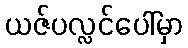
ယဇ်ပလ္လင်ပေါ်မှာ